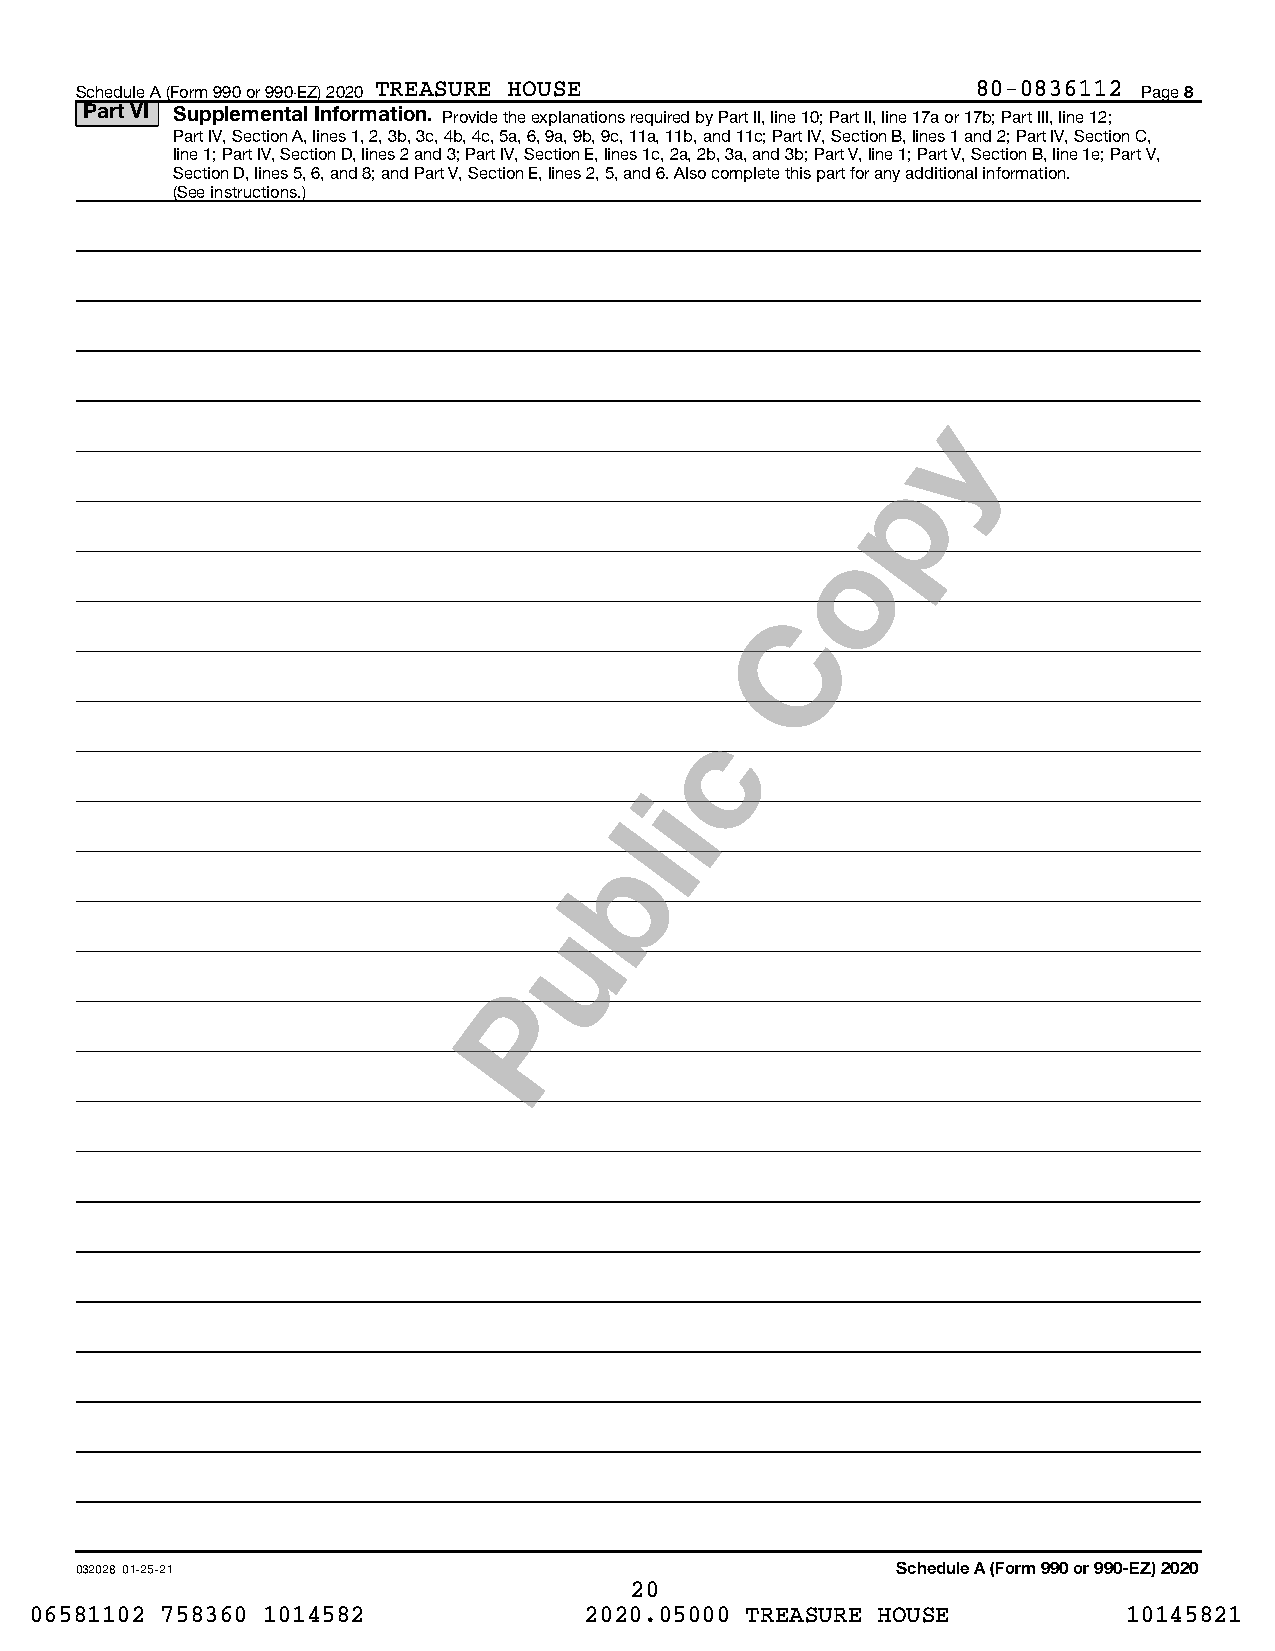
Schedule A (Form 990 or 990-EZ) 2020 TREASURE HOUSE         80-0836112 Page 8
 Part VI Supplemental Information. Provide the explanations required by Part II, line 10; Part II, line 17a or 17b; Part III, line 12;
 Part IV, Section A, lines 1, 2, 3b, 3c, 4b, 4c, 5a, 6, 9a, 9b, 9c, 11a, 11b, and 11c; Part IV, Section B, lines 1 and 2; Part IV, Section C,
 line 1; Part IV, Section D, lines 2 and 3; Part IV, Section E, lines 1c, 2a, 2b, 3a, and 3b; Part V, line 1; Part V, Section B, line 1e; Part V,
 Section D, lines 5, 6, and 8; and Part V, Section E, lines 2, 5, and 6. Also complete this part for any additional information.
 (See instructions.)
 032028 01-25-21                                       Schedule A (Form 990 or 990-EZ) 2020
 20
 06581102 758360 1014582              2020.05000 TREASURE HOUSE           10145821
 P
 u
 b
 l
 i
 c
 C
 o
 p
 y